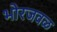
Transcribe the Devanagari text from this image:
भोरजवळ